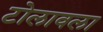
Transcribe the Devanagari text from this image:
टोलावला